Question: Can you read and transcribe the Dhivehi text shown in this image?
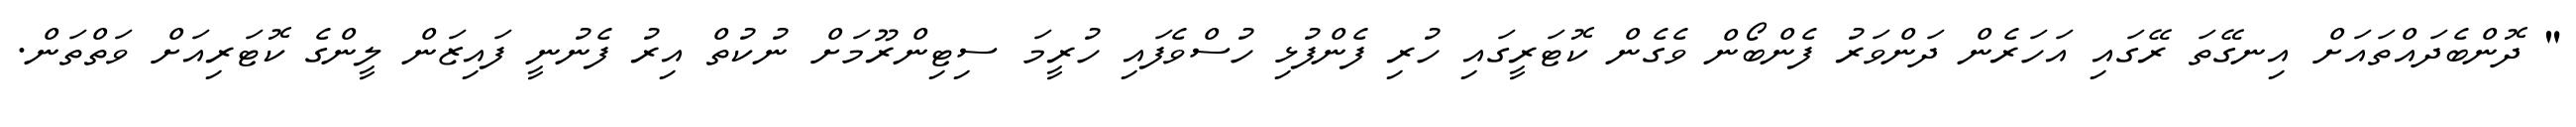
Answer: " ދޮންބެދައްތައަށް އިނގޭތަ ރޭގައި އަހަރެން ދަންވަރު ފެންބޯން ވެގެން ކޮޓަރީގައި ހުރި ފެންފުޅި ހުސްވެފައި ހުރީމަ ސިޓިންރޫމަށް ނުކުތް އިރު ފެނުނީ ފައިޒަން ލީންގެ ކޮޓަރިއަށް ވަތްތަން.